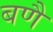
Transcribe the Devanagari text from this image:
बणै